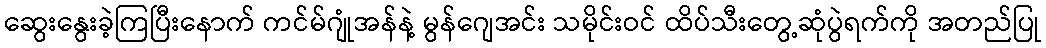
ဆွေးနွေးခဲ့ကြပြီးနောက် ကင်မ်ဂျုံအန်နဲ့ မွန်ဂျေအင်း သမိုင်းဝင် ထိပ်သီးတွေ့ဆုံပွဲရက်ကို အတည်ပြု